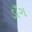
ડાઁગ